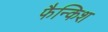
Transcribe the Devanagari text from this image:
फैन्किश